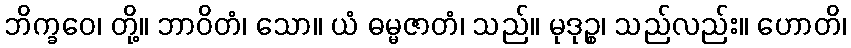
ဘိက္ခဝေ၊ တို့။ ဘာဝိတံ၊ သော။ ယံ ဓမ္မဇာတံ၊ သည်။ မုဒုဉ္စ၊ သည်လည်း။ ဟောတိ၊